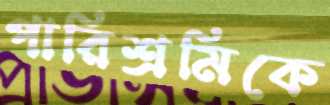
পারিশ্রমিকে